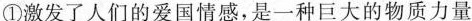
①激发了人们的爱国情感，是一种巨大的物质力量